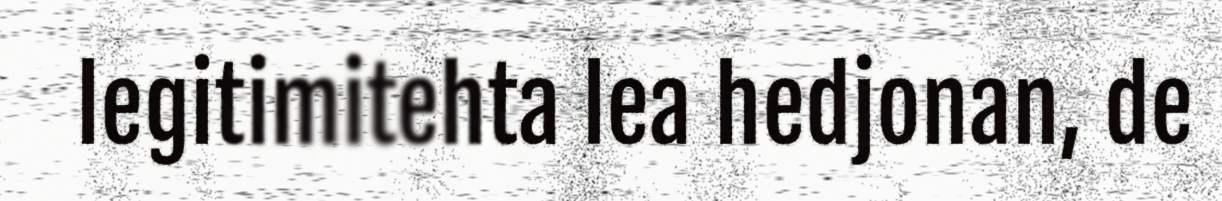
legitimitehta lea hedjonan, de